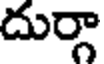
దుర్గా